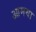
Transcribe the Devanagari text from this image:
आमया